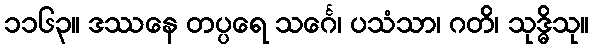
၁၁၆၃။ ဒဿနေ တပ္ပရေ သင်္ဂေ၊ ပသံသာ၊ ဂတိ၊ သုဒ္ဓိသု။